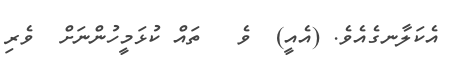
އެކަލާނގެއެވެ. (އެއީ)  ވެ   ތައް ކުޅަމީހުންނަށް  ވެރި